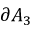
\partial A _ { 3 }